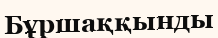
Бұршаққынды